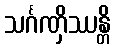
သင်္ဂဏှိဿန္တိ